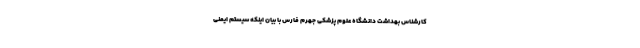
کارشناس بهداشت دانشگاه علوم پزشکی جهرم فارس با بیان اینکه سیستم ایمنی